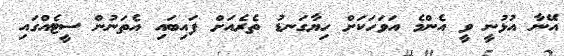
އޭނާ އުޅުނީ ވީ އެންމެ އަވަހަކަށް ހިޔާގަނޑު ތެރެއަށް ފައިބައި އެތަނުން ސީޓެއްގައި